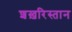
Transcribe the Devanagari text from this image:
शख़रिस्तान